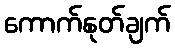
ကောက်နုတ်ချက်